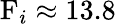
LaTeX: \mathrm{F}_{i}\approx 13.8